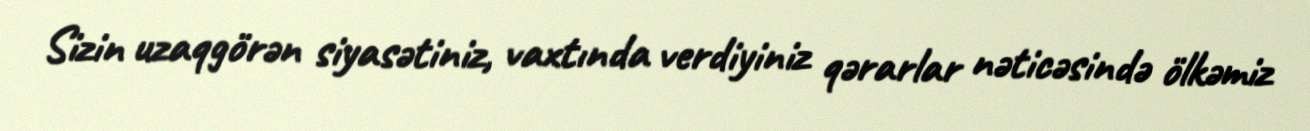
Sizin uzaqgörən siyasətiniz, vaxtında verdiyiniz qərarlar nəticəsində ölkəmiz